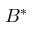
B ^ { * }